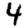
Digit: 4